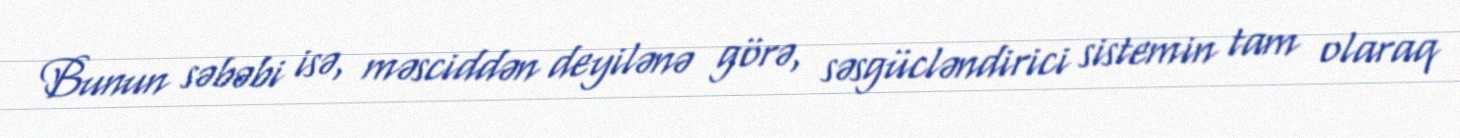
Bunun səbəbi isə, məsciddən deyilənə görə, səsgücləndirici sistemin tam olaraq